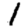
Digit: 1